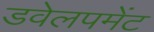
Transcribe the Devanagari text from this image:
डवेलपमेंट